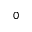
0